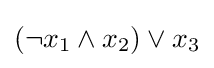
(\lnot x_{1}\land x_{2})\lor x_{3}